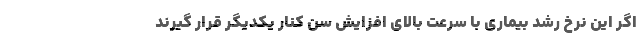
اگر این نرخ رشد بیماری با سرعت بالای افزایش سن کنار یکدیگر قرار گیرند